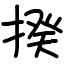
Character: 揆